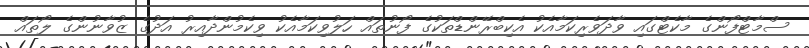
ސްމާޓްފޯންގެ މާކެޓްގައި ވާދަވެރިކަމާއެކު އެކިބްރޭންޑްތަކުގެ ފޯނުތައް ހަލުވިކަމާއެކު ވިކެމުންދާއިރު އަދުގެ ޒުވާނުންގެ ލޯތައް